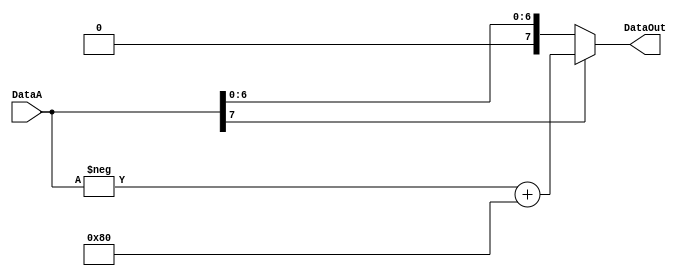
// com_2c.v
//8
module Com_2C(DataA,DataOut);
input[7:0]DataA;
output[7:0]DataOut;
reg[7:0]DataOut;
reg[7:0]DA;

always@(DataA)
 begin
  DA=8'b10000000;
  if(DataA[7])
   begin
    DataOut=-DataA+DA;
   end
  else
   DataOut=DataA;
 end

endmodule